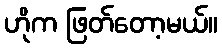
ဟိုက ဖြတ်တော့မယ်။